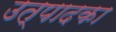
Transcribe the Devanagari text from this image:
उत्पादका